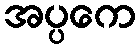
အပ္ပကေ